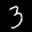
Label: 3